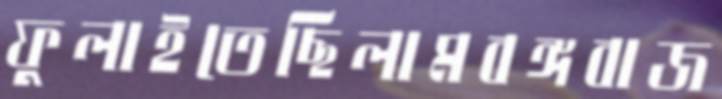
ফুলাইতেছিলামবঙ্গবাজ